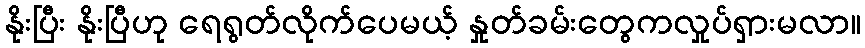
နိုးပြီး နိုးပြီဟု ရေရွတ်လိုက်ပေမယ့် နှုတ်ခမ်းတွေကလှုပ်ရှားမလာ။